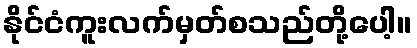
နိုင်ငံကူးလက်မှတ်စသည်တို့ပေါ့။